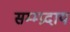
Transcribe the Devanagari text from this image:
सम्म्प्रदाय